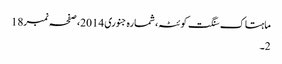
ماہتاک سنگت کوئٹہ، شمارہ جنوری 2014، صفحہ نمبر18
2۔